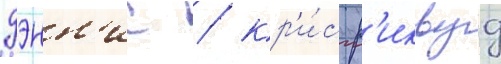
дэнн'ис / кр'и́с р'иквуд